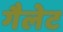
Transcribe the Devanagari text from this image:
गैलेट